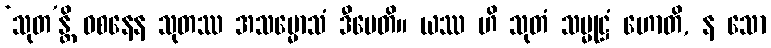
‘သုတ’န္တိ ဝစနေန သုတဿ အသမ္မောသံ ဒီပေတိ။ ယဿ ဟိ သုတံ သမ္မုဋ္ဌံ ဟောတိ, န သော